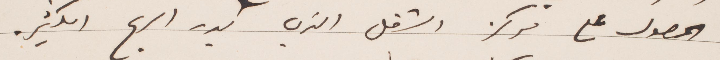
الحصول على مركز الشغل الذي يدر الربح الكثير.